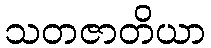
သတဇာတိယာ